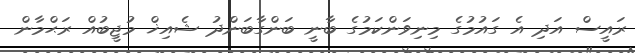
ރައީސް އަދި އެ ގައުމުގެ މިނިވަންކަމުގެ ބާނީ ބަންގާބަންދު ޝެއިޚް މުޖީބުއް ރަޙްމާން